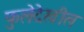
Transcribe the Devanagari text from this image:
फुलेदेखील